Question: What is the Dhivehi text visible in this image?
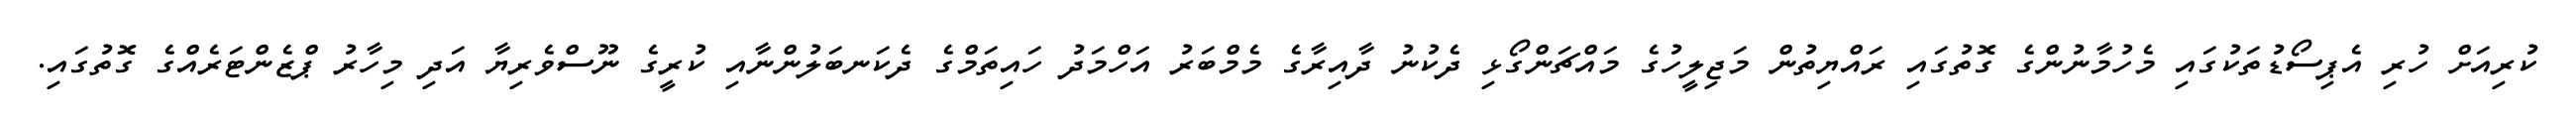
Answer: ކުރިއަށް ހުރި އެޕިސޯޑުތަކުގައި މެހުމާނުންގެ ގޮތުގައި ރައްޔިތުން މަޖިލީހުގެ މައްޗަންގޯޅި ދެކުނު ދާއިރާގެ މެމްބަރު އަހްމަދު ހައިތަމްގެ ދެކަނބަލުންނާއި ކުރީގެ ނޫސްވެރިޔާ އަދި މިހާރު ޕްޒެންޓަރެއްގެ ގޮތުގައި.